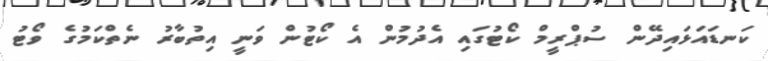
ކަނޑައަޅައިދޭން ސުޕްރީމް ކޯޓުގައި އެދުމުން އެ ކޯޓުން ވަނީ އިތުބާރު ނެތްކަމުގެ ވޯޓު